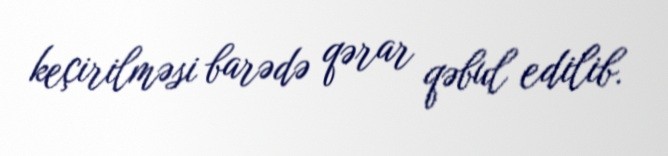
keçirilməsi barədə qərar qəbul edilib.